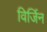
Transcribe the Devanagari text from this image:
विर्जिन